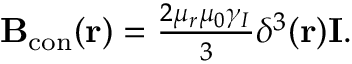
\begin{array} { r } { \mathbf { B } _ { \mathrm { c o n } } ( \mathbf { r } ) = \frac { 2 \mu _ { r } \mu _ { 0 } \gamma _ { I } } { 3 } \delta ^ { 3 } ( \mathbf { r } ) \mathbf { I } . } \end{array}